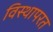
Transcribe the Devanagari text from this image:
विस्थापरत